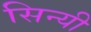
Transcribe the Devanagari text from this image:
सिन्यी